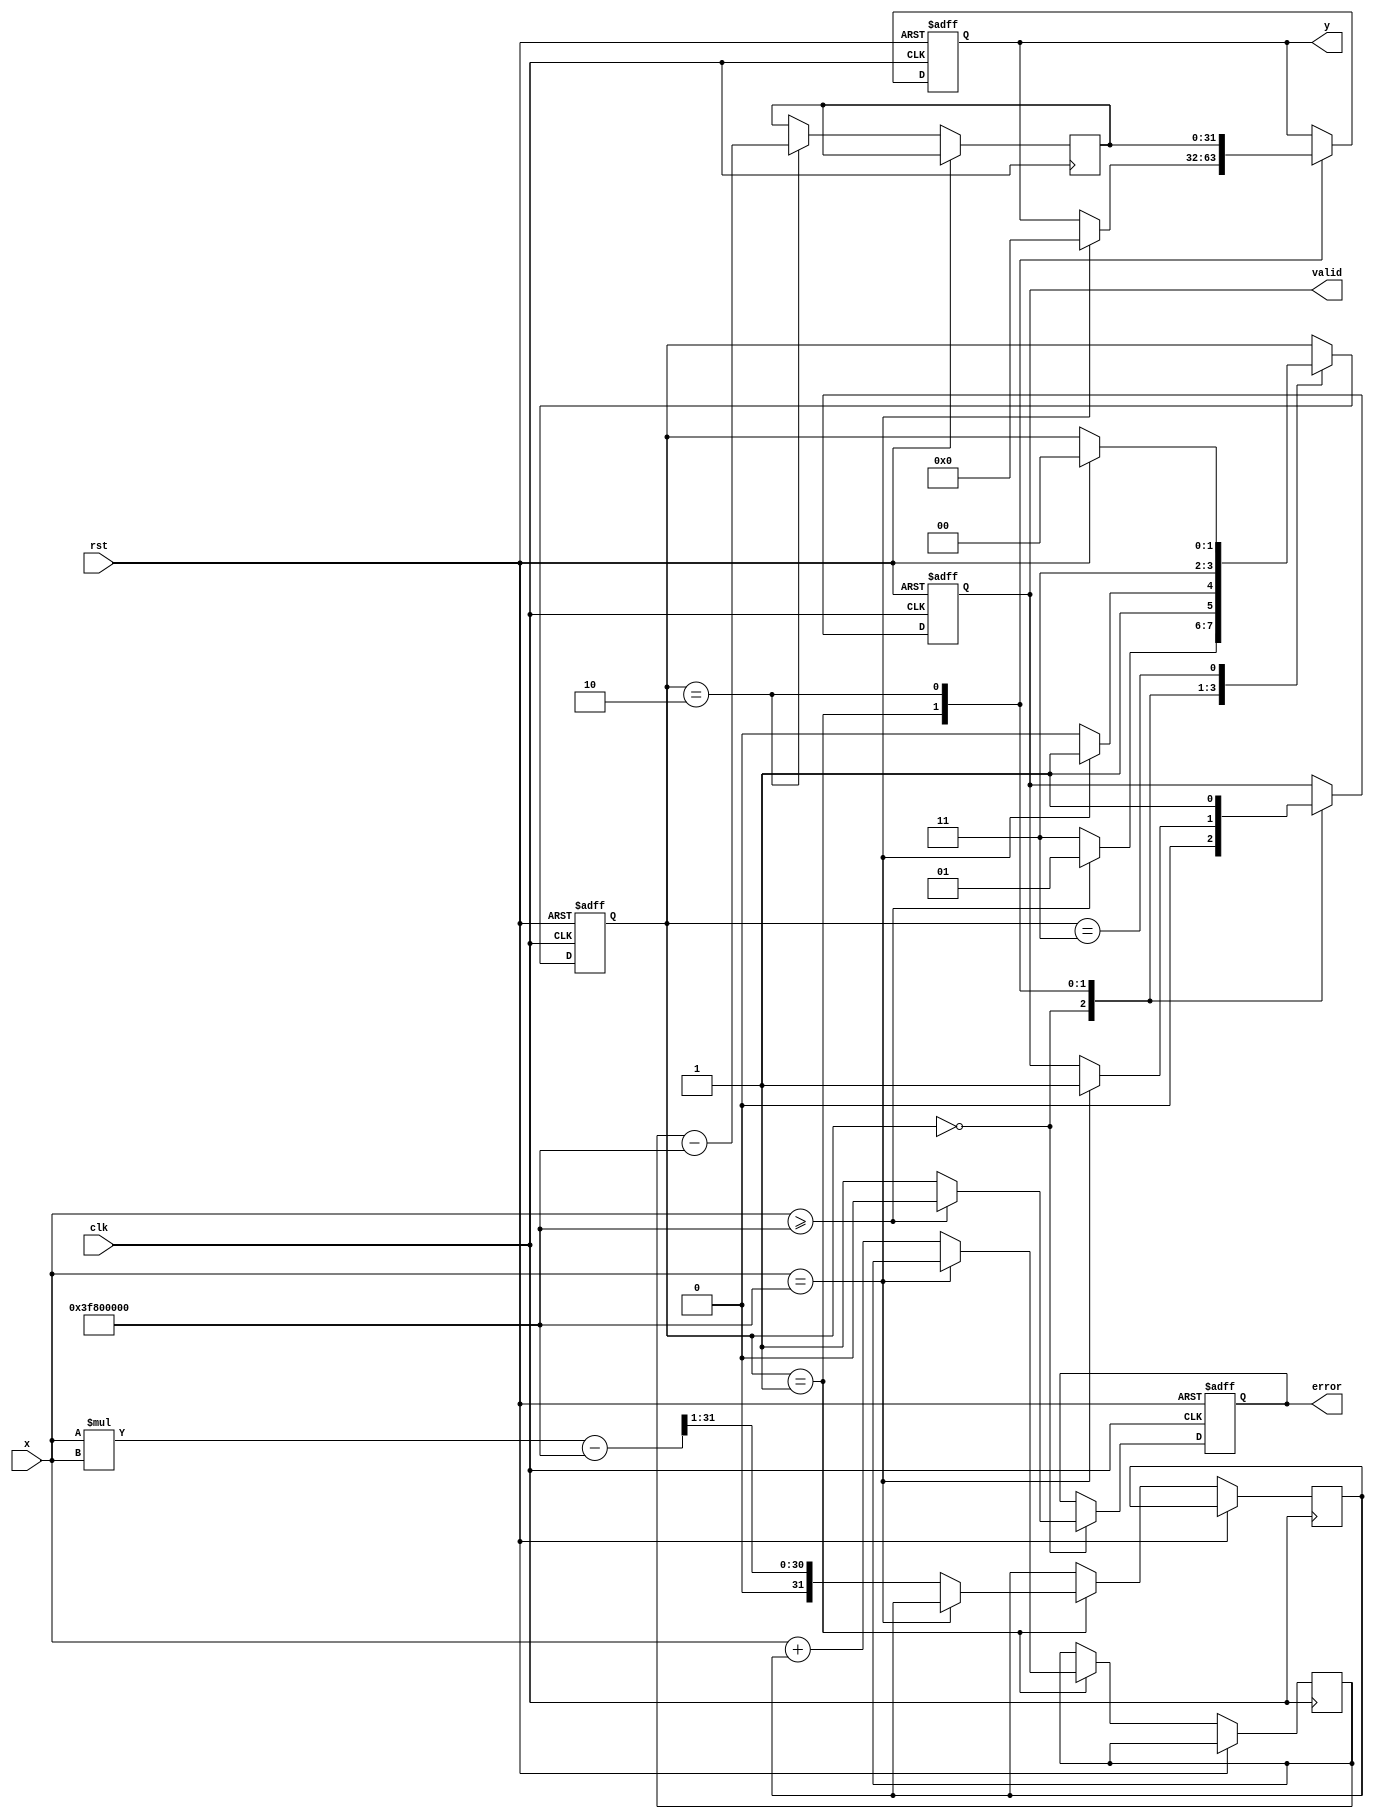
module acosh (
    input wire clk,
    input wire rst,
    input wire [31:0] x, // Input: floating-point number (IEEE 754 single precision)
    output reg [31:0] y,  // Output: floating-point number (IEEE 754 single precision)
    output reg valid,      // Output: valid signal
    output reg error       // Output: error signal
);

    // Internal signals
    reg [31:0] sqrt_x2_minus_1;
    reg [31:0] ln_input;
    reg [31:0] ln_result;
    reg [1:0] state;

    // State encoding
    localparam IDLE = 2'b00;
    localparam CHECK_DOMAIN = 2'b01;
    localparam COMPUTE = 2'b10;
    localparam DONE = 2'b11;

    // Simple approximation for square root (for demonstration purposes)
    function [31:0] sqrt_approx(input [31:0] value);
        begin
            // Simple iterative method or fixed-point approximation can be used here
            sqrt_approx = value >> 1; // Placeholder for actual sqrt calculation
        end
    endfunction

    // Simple approximation for natural logarithm (for demonstration purposes)
    function [31:0] ln_approx(input [31:0] value);
        begin
            // Placeholder for actual ln calculation
            ln_approx = value - 32'h3F800000; // Simple linear approximation
        end
    endfunction

    // Sequential logic
    always @(posedge clk or posedge rst) begin
        if (rst) begin
            y <= 32'b0;
            valid <= 1'b0;
            error <= 1'b0;
            state <= IDLE;
        end else begin
            case (state)
                IDLE: begin
                    valid <= 1'b0;
                    error <= 1'b0;
                    if (x >= 32'h3F800000) begin // Check if x >= 1.0
                        state <= CHECK_DOMAIN;
                    end else begin
                        error <= 1'b1; // Invalid input
                        state <= DONE;
                    end
                end

                CHECK_DOMAIN: begin
                    if (x == 32'h3F800000) begin // x == 1.0
                        y <= 32'b0; // acosh(1) = 0
                        valid <= 1'b1;
                        state <= DONE;
                    end else begin
                        sqrt_x2_minus_1 <= sqrt_approx(x * x - 32'h3F800000); // x^2 - 1
                        ln_input <= x + sqrt_x2_minus_1; // x + sqrt(x^2 - 1)
                        state <= COMPUTE;
                    end
                end

                COMPUTE: begin
                    ln_result <= ln_approx(ln_input); // Compute ln
                    y <= ln_result;
                    valid <= 1'b1;
                    state <= DONE;
                end

                DONE: begin
                    // Stay in DONE state until reset
                    if (rst) begin
                        state <= IDLE;
                    end
                end
            endcase
        end
    end
endmodule